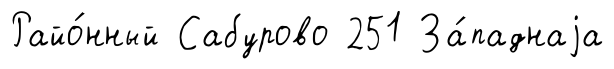
Райо́нный Сабурово 251 За́паднаjа